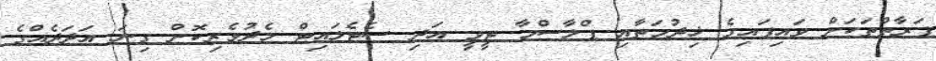
ފަރާތްތަކަށް ވައިފައިގެ ޚިދުމަތާއި ޕްލާސްމާ ޓީވީ އަދި ސެޓެލައިޓް މެދުވެރިކޮށް ގިނަ އަދަދެއްގެ